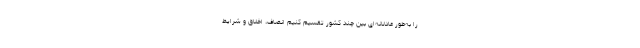
را به‌طور عادلانه‌ای بین چند کشور تقسیم کنیم انصاف، اخلاق و شرایط